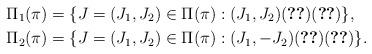
LaTeX: \begin{align*}&\Pi_1(\pi)=\{J=(J_1,J_2) \in \Pi(\pi): (J_1,J_2) (\ref{eqn:tau condition1}) (\ref{eqn:tau condition2})\}, \\&\Pi_2(\pi)=\{J=(J_1,J_2) \in \Pi(\pi): (J_1,-J_2) (\ref{eqn:tau condition1}) (\ref{eqn:tau condition2})\}.\end{align*}